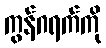
ကွန်ဂရက်ကို